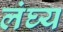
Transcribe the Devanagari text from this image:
लंघ्य